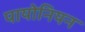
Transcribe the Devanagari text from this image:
पायोनियन